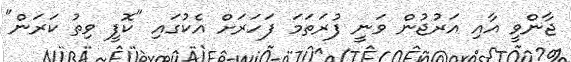
ޖާންވީ އާއި އަރުޖުން ވަނީ ފުރަތަމަ ފަހަރަށް އެކުގައި "ކޮފީ ވިތު ކަރަން"